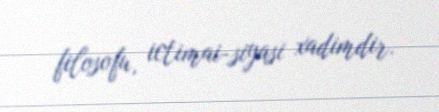
filosofu, ictimai-siyasi xadimdir.